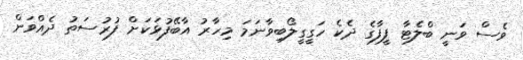
ވެސް ވަނީ ބްލެޓާ ފީފާގެ ދެކެ ހަގީގީލޯބިވާނަމަ މިހާރު އާބޭފުޅަކަށް ފުރުސަތު ދެއްވަން